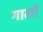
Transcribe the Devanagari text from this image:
गार्मी